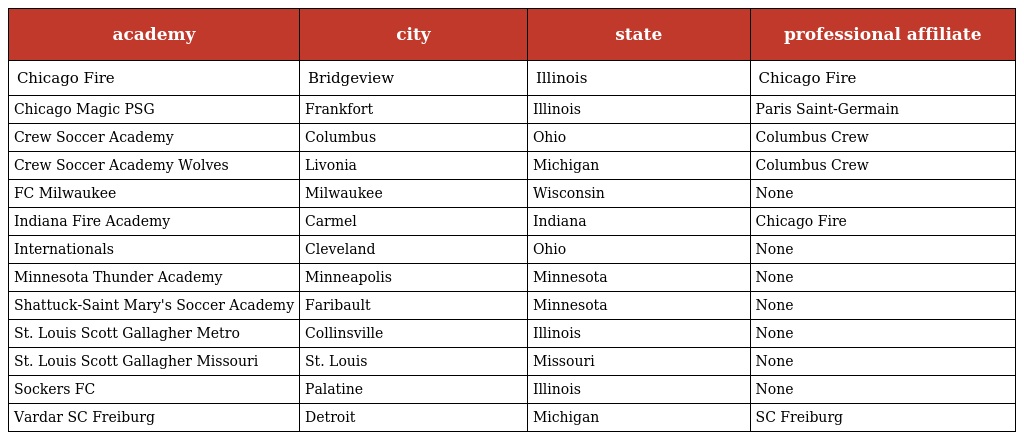
| academy | city | state | professional affiliate |
 | --- | --- | --- | --- |
 | Chicago Fire | Bridgeview | Illinois | Chicago Fire |
 | Chicago Magic PSG | Frankfort | Illinois | Paris Saint-Germain |
 | Crew Soccer Academy | Columbus | Ohio | Columbus Crew |
 | Crew Soccer Academy Wolves | Livonia | Michigan | Columbus Crew |
 | FC Milwaukee | Milwaukee | Wisconsin | None |
 | Indiana Fire Academy | Carmel | Indiana | Chicago Fire |
 | Internationals | Cleveland | Ohio | None |
 | Minnesota Thunder Academy | Minneapolis | Minnesota | None |
 | Shattuck-Saint Mary's Soccer Academy | Faribault | Minnesota | None |
 | St. Louis Scott Gallagher Metro | Collinsville | Illinois | None |
 | St. Louis Scott Gallagher Missouri | St. Louis | Missouri | None |
 | Sockers FC | Palatine | Illinois | None |
 | Vardar SC Freiburg | Detroit | Michigan | SC Freiburg |